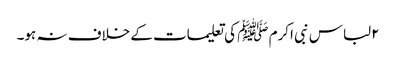
۲لباس نبی اکرم ﷺ کی تعلیمات کے خلاف نہ ہو۔